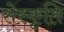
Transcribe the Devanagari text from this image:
सेस्कृति